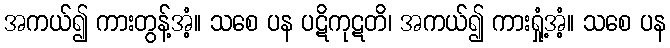
အကယ်၍ ကားတွန့်အံ့။ သစေ ပန ပဋိကုဋတိ၊ အကယ်၍ ကားရှုံ့အံ့။ သစေ ပန